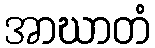
အာဃာတံ